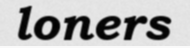
loners